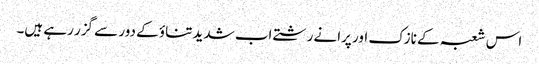
اس شعبہ کے نازک اور پرانے رشتے اب شدید تناؤ کے دور سے گزر رہے ہیں۔